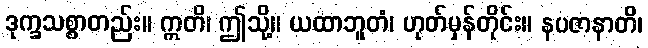
ဒုက္ခသစ္စာတည်း။ ဣတိ၊ ဤသို့။ ယထာဘူတံ၊ ဟုတ်မှန်တိုင်း။ နပဇာနာတိ၊